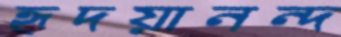
হৃদয়ানন্দ